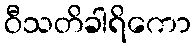
ဝီသတိခါရိကော